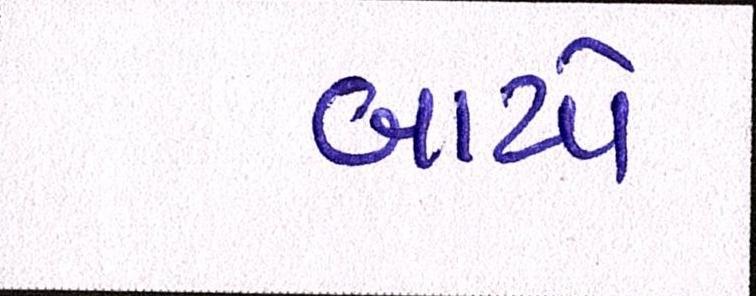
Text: બાયો